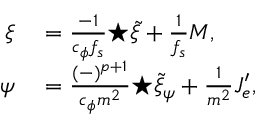
\begin{array} { r l } { \xi } & { { } = \frac { - 1 } { c _ { \phi } f _ { s } } { \star \tilde { \xi } } + \frac { 1 } { f _ { s } } { \cal M } , } \\ { \psi } & { { } = \frac { ( - ) ^ { p + 1 } } { c _ { \phi } m ^ { 2 } } { \star \tilde { \xi } _ { \psi } } + \frac { 1 } { m ^ { 2 } } { \cal J } _ { e } ^ { \prime } , } \end{array}